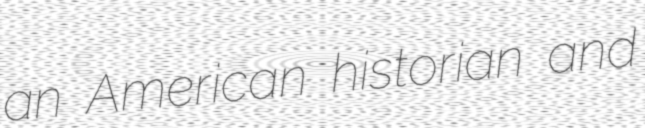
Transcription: an American historian and